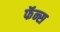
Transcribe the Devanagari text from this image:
फॅन्स